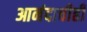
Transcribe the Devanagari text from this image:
आनंदाचीही